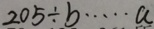
2 0 5 \div b \cdots a